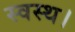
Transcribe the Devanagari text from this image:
स्वस्थ।